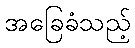
အခြေခံသည့်